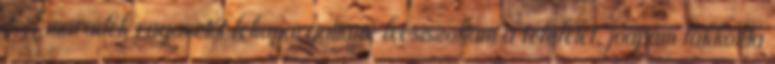
A maradék ragasztót lekapargattam, lecsiszoltam a felületet, jóapám lakkozta